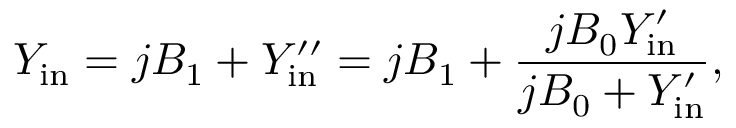
Y _ { \mathrm { i n } } = j B _ { 1 } + Y _ { \mathrm { i n } } ^ { \prime \prime } = j B _ { 1 } + \frac { j B _ { 0 } Y _ { \mathrm { i n } } ^ { \prime } } { j B _ { 0 } + Y _ { \mathrm { i n } } ^ { \prime } } ,